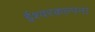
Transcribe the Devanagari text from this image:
ईश्वरकल्पना